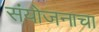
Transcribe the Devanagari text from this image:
संयोजनाचा